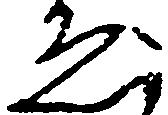
ゑ